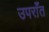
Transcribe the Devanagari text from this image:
उपराँत